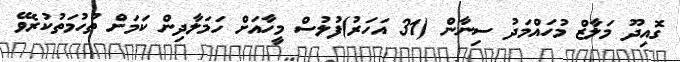
ގޮއިދޫ މަލާޒް މުހައްމަދު ސިނާން (31 އަހަރު)ފުލުސް މީހާއަށް ހަމަލާދިން ކަމަށް ތުހުމަތުކުރެވޭ